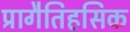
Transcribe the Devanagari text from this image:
प्रागैतिहसिक